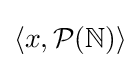
\langle x,{\mathcal {P}}(\mathbb {N} )\rangle